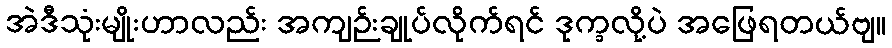
အဲဒီသုံးမျိုးဟာလည်း အကျဉ်းချုပ်လိုက်ရင် ဒုက္ခလို့ပဲ အဖြေရတယ်ဗျ။